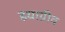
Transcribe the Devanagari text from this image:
हयाग्रीव